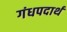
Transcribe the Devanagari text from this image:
गंधपदार्थ